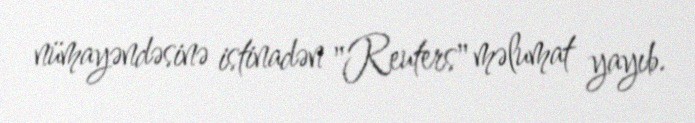
nümayəndəsinə istinadən "Reuters" məlumat yayıb.